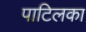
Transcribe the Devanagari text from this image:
पाटिलका